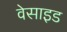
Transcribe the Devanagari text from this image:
वेसाइड